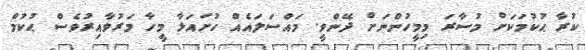
ކުރާ ޙުކުމަކަށް މުސާރަ މިމީހުންނަށް ދޭންވީ. މައްސަލައެއް ހުށައަޅާ މީހާ މަރުވާއިރުވެސް ޙުކުމް